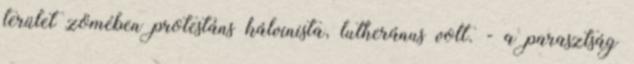
terület zömében protestáns kálvinista, lutheránus volt. - a parasztság